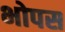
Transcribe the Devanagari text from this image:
भोपस